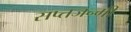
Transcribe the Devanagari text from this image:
सप्तजन्मी